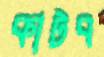
কাটব